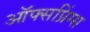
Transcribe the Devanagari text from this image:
ऑफ्सप्रिंग्स